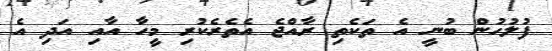
ފުލުހުން ބުނީ އެ ތަކެތި ރާއްޖެ އެތެރެކުރި މީހާ އާއި އަދި އެ